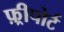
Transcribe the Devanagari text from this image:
फ़्रीपोर्ट